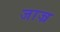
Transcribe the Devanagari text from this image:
जाज्र